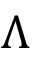
\Lambda